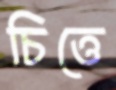
চিত্তে